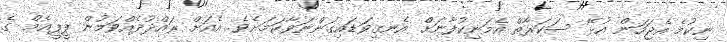
ނިކުމެ އެޖަހަން އުޅޭ ސަކަރާތް އެމަނިކުފާނަށް އެނގިވަޑައިގަންނަވާކަމަށެވެ. އެއަށް ރައްދުދެއްވަމުން ޕީޕީއެމް ގެ